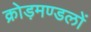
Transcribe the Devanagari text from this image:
क्रोड़मण्डलों